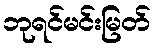
ဘုရင်မင်းမြတ်